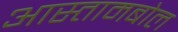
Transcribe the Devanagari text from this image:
आस्तामबोल